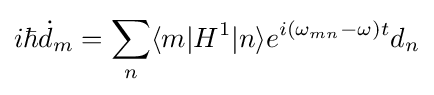
i\hbar {\dot {d}}_{m}=\sum _{n}\langle m|H^{1}|n\rangle e^{i(\omega _{mn}-\omega )t}d_{n}